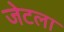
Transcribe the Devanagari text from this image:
जेटला